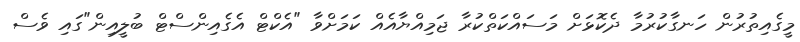
މީގެއިތުރުން ހަނގާކުރުމާ ދެކޮޅަށް މަސައްކަތްކުރާ ޖަމިއްޔާއެއް ކަމަށްވާ "އެކްޓް އެގެއިންސްޓް ބުލީއިން"ގައި ވެސް